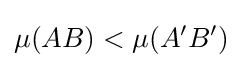
\mu (AB)<\mu (A'B')